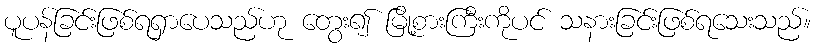
ပူပန်ခြင်းဖြစ်ရရှာပေသည်ဟု တွေး၍ မြို့စားကြီးကိုပင် သနားခြင်းဖြစ်ရသေးသည်။